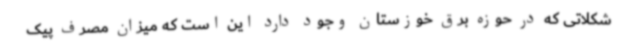
شکلاتی که در حوزه برق خوزستان وجود دارد این است که میزان مصرف پیک